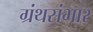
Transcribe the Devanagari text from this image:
ग्रंथसंभार